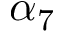
\alpha _ { 7 }